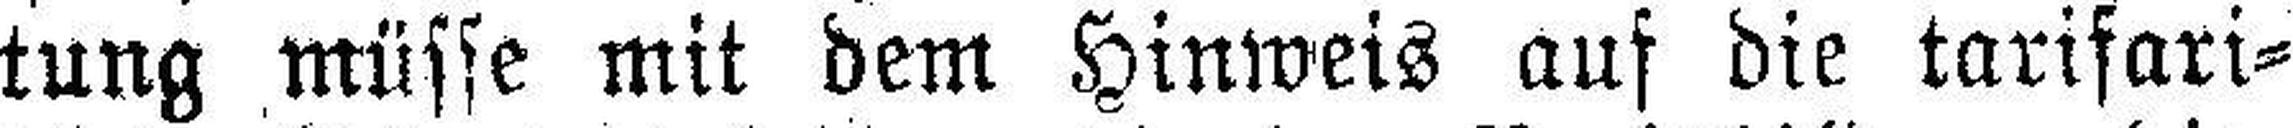
tung müsse mit dem Hinweis auf die tarisari¬